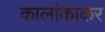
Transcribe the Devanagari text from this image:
कालांकाकर